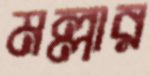
মল্লার